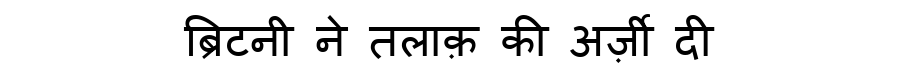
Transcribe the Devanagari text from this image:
ब्रिटनी ने तलाक़ की अर्ज़ी दी